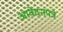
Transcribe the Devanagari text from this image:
आवेदनपत्रे